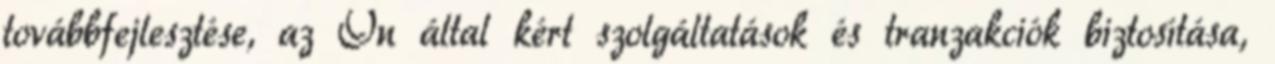
továbbfejlesztése, az Ön által kért szolgáltatások és tranzakciók biztosítása,